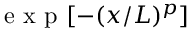
\mathrm { ~ e ~ x ~ p ~ } [ - ( x / L ) ^ { p } ]